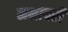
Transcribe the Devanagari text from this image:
नभापरी